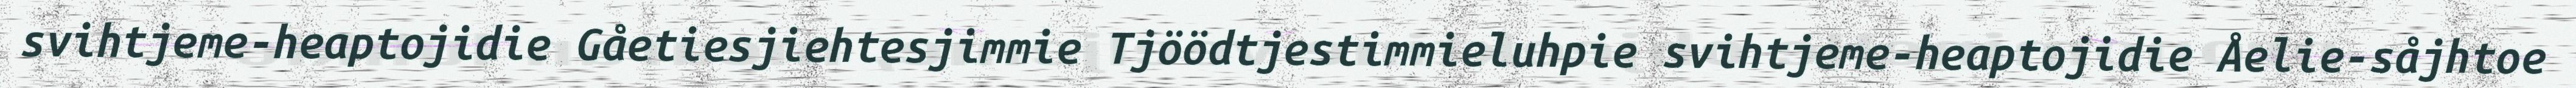
svihtjeme-heaptojidie Gåetiesjiehtesjimmie Tjöödtjestimmieluhpie svihtjeme-heaptojidie Åelie-såjhtoe